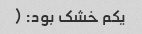
یکم خشک بود: (